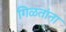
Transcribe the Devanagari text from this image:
गिळतांना